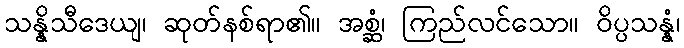
သန္နိသီဒေယျ၊ ဆုတ်နစ်ရာ၏။ အစ္ဆံ၊ ကြည်လင်သော။ ဝိပ္ပသန္နံ၊